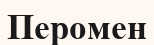
Перомен